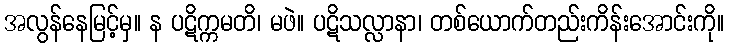
အလွန်နေမြင့်မှ။ န ပဋိက္ကမတိ၊ မဖဲ။ ပဋိသလ္လာနာ၊ တစ်ယောက်တည်းကိန်းအောင်းကို။